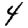
Digit: 4